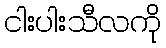
ငါးပါးသီလကို